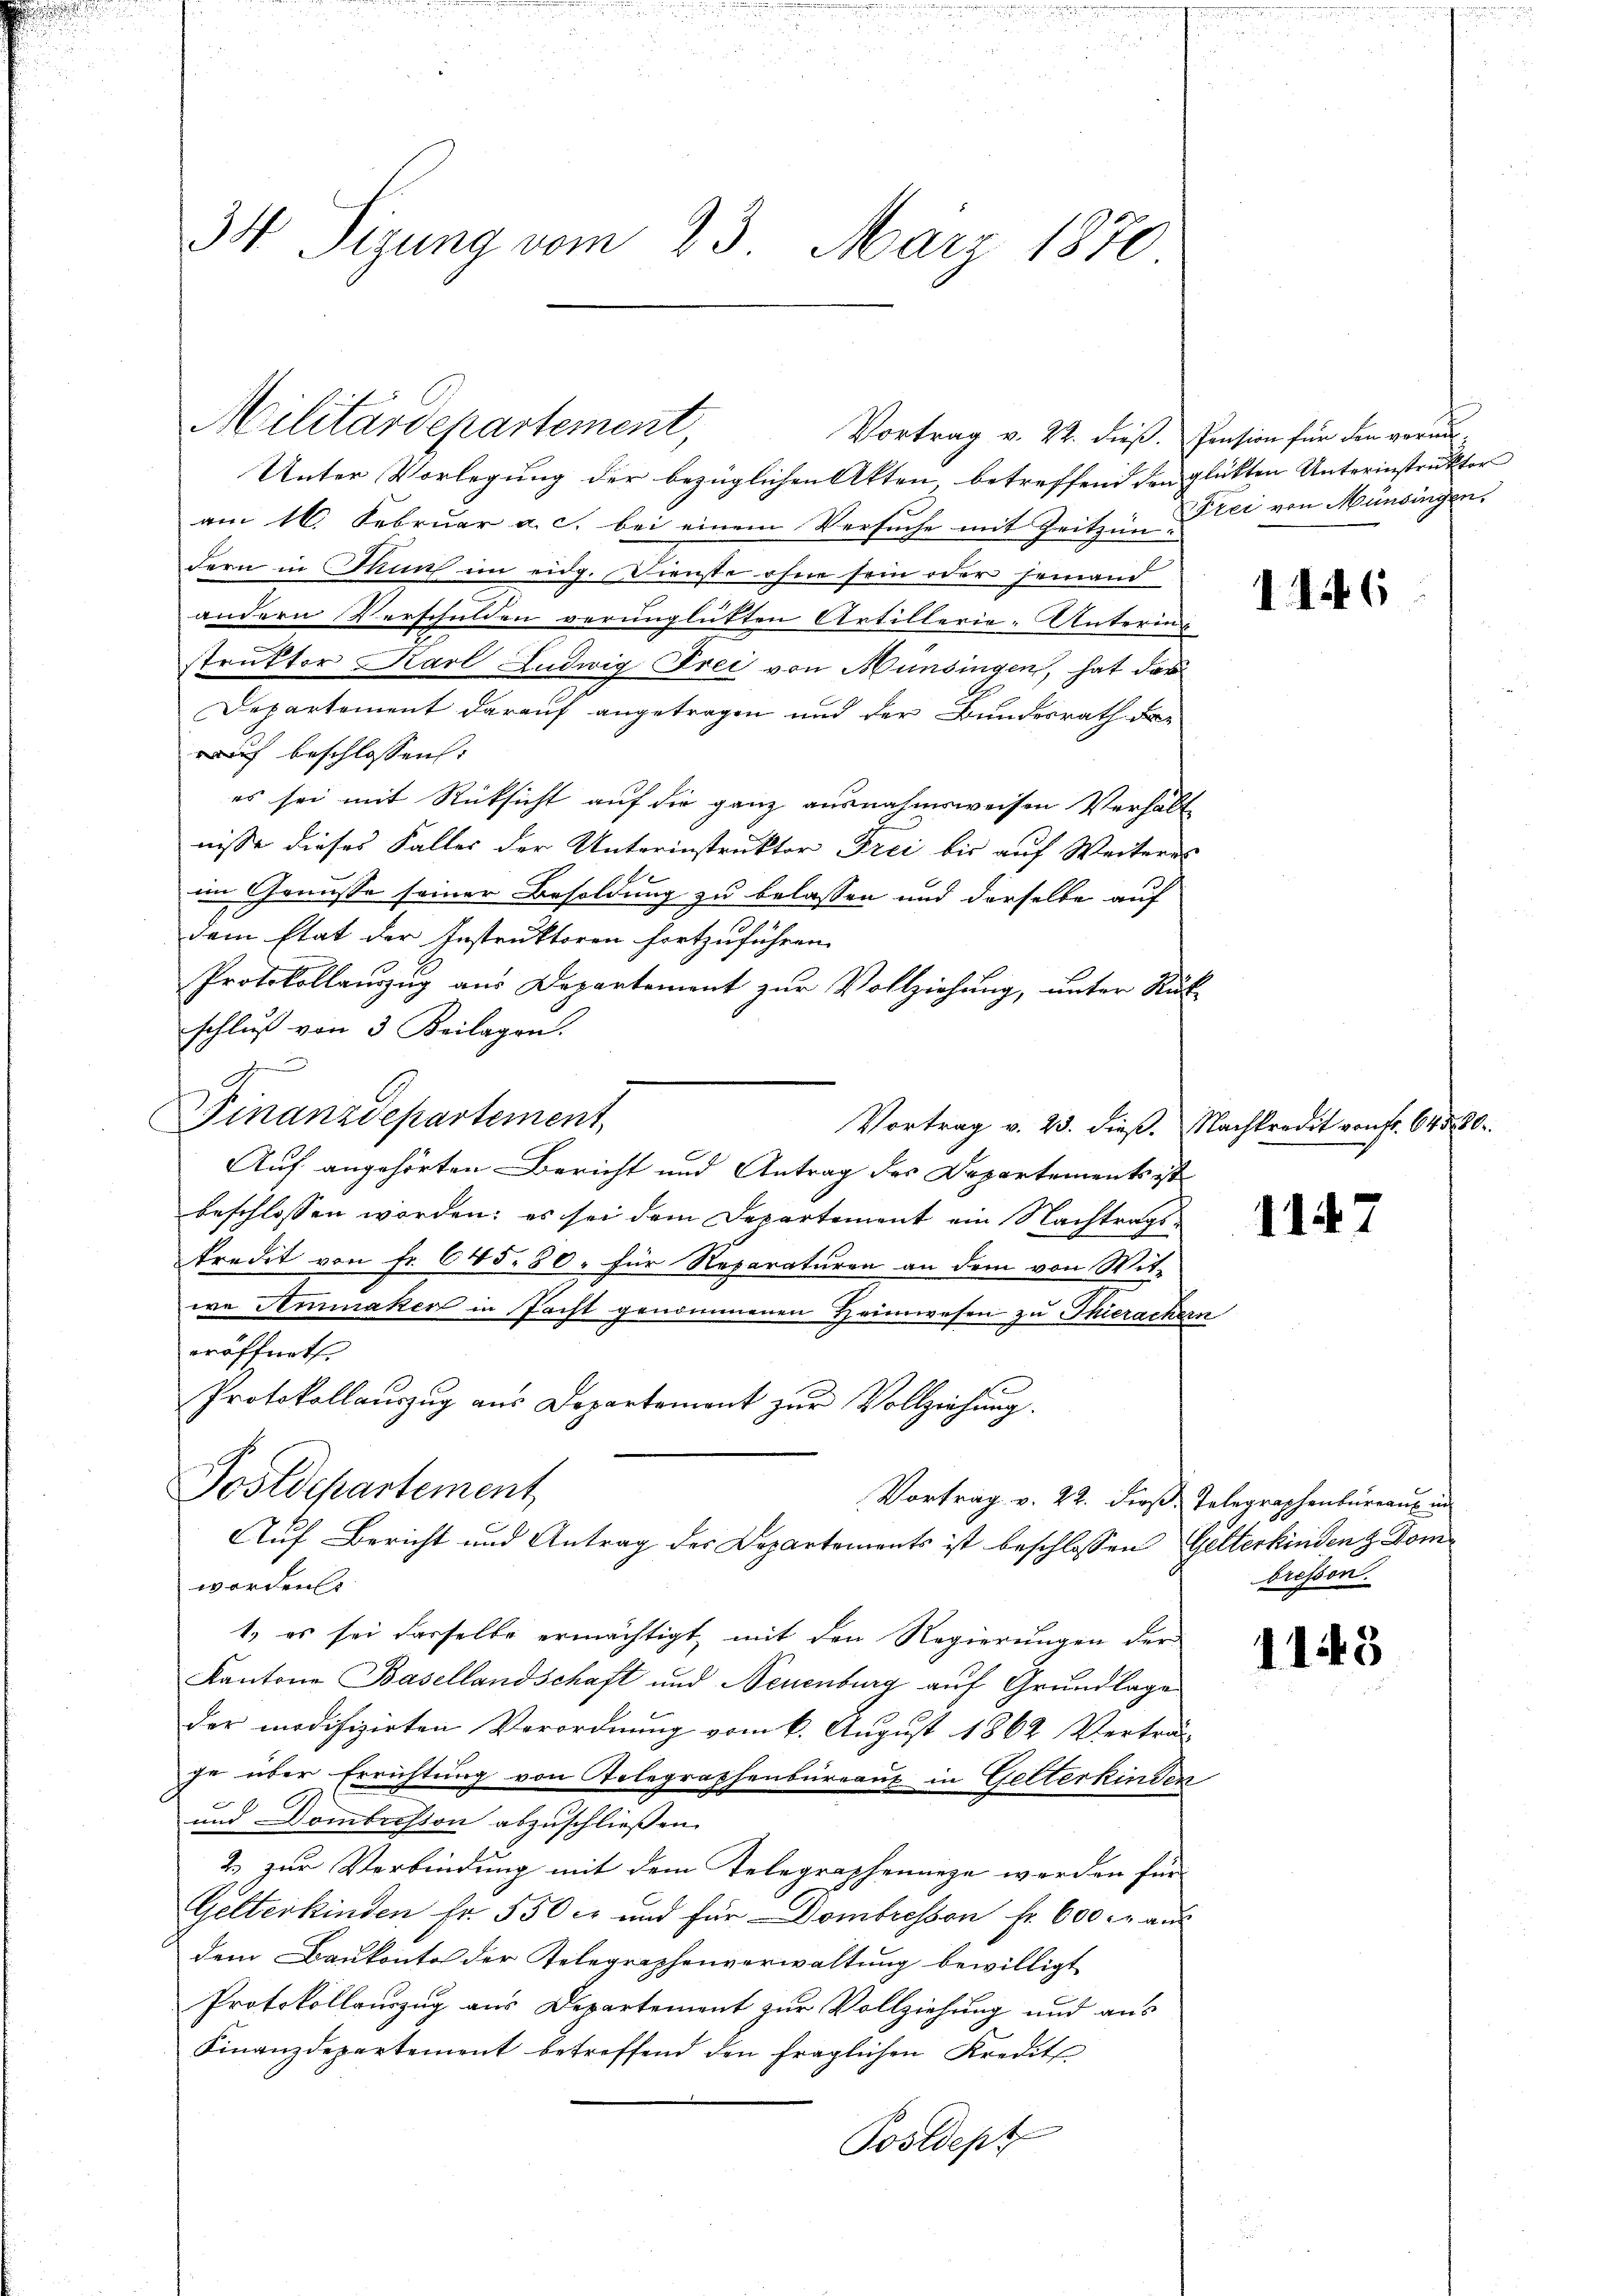
34 Sizung vom 23. März 1870

Militärdepartement,

Vortrag v. 22. dieß. Pension für den voran¬
Unter Vorlegung der bezüglichen Akten, betreffend den glükten Unterinstruktor
am 16. Februar a. c. bei einem Versuche mit Zeit in Drei von Münsingendern in Thun im eidg. Dienste ohne sein oder jemand
andern Verschulden verunglükten Artillerie-Unterin
m
struktor Karl Ludwig Frei von Münsingen, hat das
Departement darauf angetragen und der Bundesrath dar
rauf beschlossen:
es sei mit Rücksicht auf die ganz ausnahmsweisen Verhält
nisse dieses Falles der Unterinstruktor Frei bis auf Weiteres
im Genusse seiner Besoldung zu belassen und derselbe auf
dem Etat der Instruktoren fortzuführen.
Protokollauszug aus Departement zur Vollziehung, unter Stück
schluß von 3 Beilagen.
s
Finanzdepartement
Vortrag v. 25. dieß. Nachkredit von Fr. 64520.
Auf angehörten Bericht und Antrag des Departements ist
beschlossen worden; es sei dem Departement ein Nachtragstredit von Fr. 645. 50. für Reparaturen an dem von Witwa Amnaken in Pacht genommenen Heimwesen zu Thierachern
eröffnet.
Protokollauszug aus Departement zur Vollziehung.
Postdepartement
Vortrag v. 22. dieß Telegraphenbureau in
Auf Bericht und Antrag des Departements ist beschlossen Gelterkinden z Domwerden
1.) es sei derselbe ermächtigt, mit den Regierungen der
Kantone Basellandschaft und Neuenburg auf Grundlage
der modifizirten Verordnung vom 6. August 1862 Verträg-
ge über Errichtung von Telegraphenbureaus in Gelterkinden
und Dombrisson abzuschließen.
2. zur Verbindung mit dem Telegraphenanze werden für
Gelterkinden fr. 550 c und für Dombresson fr. 600 r. aŭs
dem Baukonto der Telegraphenverwaltung bewilligt
Protokollauszug aus Departement zur Vollziehung und aus
Finanzdepartement betreffend den fraglichen Kredits
Postdept

1146

1147

bressen.

1145